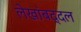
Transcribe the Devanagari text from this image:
लेखांबद्दल